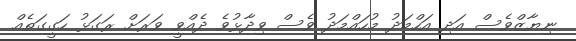
ނިޔާޒްވެސް އަދި އަހްމަދު މުހައްމަދު ވެސް ވިދާޅުވެ ދެއްވީ ވަރަށް ރަގަޅު ހަގީގަތެއް